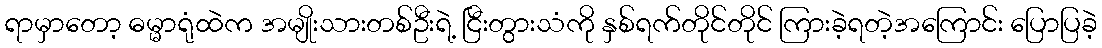
ရာမှာတော့ ဓမ္မာရုံထဲက အမျိုးသားတစ်ဦးရဲ့ ငြီးတွားသံကို နှစ်ရက်တိုင်တိုင် ကြားခဲ့ရတဲ့အကြောင်း ပြောပြခဲ့